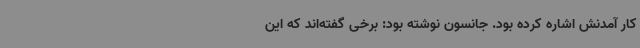
کار آمدنش اشاره کرده بود. جانسون نوشته بود:‌ برخی گفته‌اند که این